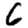
Digit: 6